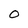
Character: 0